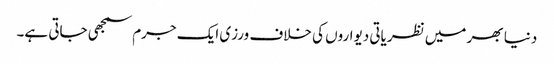
دنیا بھر میں نظریاتی دیواروں کی خلاف ورزی ایک جرم سمجھی جاتی ہے۔